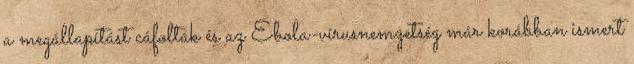
a megállapítást cáfolták és az Ebola-vírusnemzetség már korábban ismert